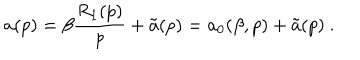
a ( p ) = \beta \frac { R _ { 1 } ( p ) } p + \tilde { a } ( p ) = a _ { 0 } ( \beta , p ) + \tilde { a } ( p ) \ .